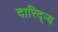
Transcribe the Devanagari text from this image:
दारिद्‌ऱ्य